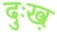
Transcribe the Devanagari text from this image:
दुःख़